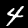
Digit: 4